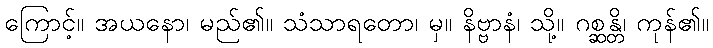
ကြောင့်။ အယနော၊ မည်၏။ သံသာရတော၊ မှ။ နိဗ္ဗာနံ၊ သို့။ ဂစ္ဆန္တိ၊ ကုန်၏။